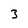
Character: 3